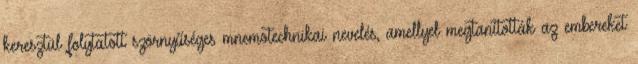
keresztül folytatott szörnyűséges mnemotechnikai nevelés, amellyel megtanították az embereket